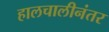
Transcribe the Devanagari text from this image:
हालचालीनंतर